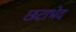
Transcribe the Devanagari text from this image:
छटाभेद